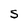
Character: S